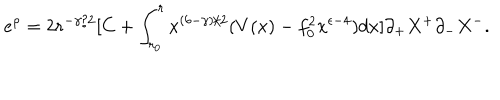
LaTeX: e ^ { \rho } = 2 r ^ { - \gamma / 2 } [ C + \int _ { r _ { 0 } } ^ { r } x ^ { ( 6 - \gamma ) / 2 } ( V ( x ) - f _ { 0 } ^ { 2 } x ^ { \epsilon - 4 } ) d x ] \partial _ { + } X ^ { + } \partial _ { - } X ^ { - } .